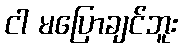
ငါ မပြောချင်ဘူး